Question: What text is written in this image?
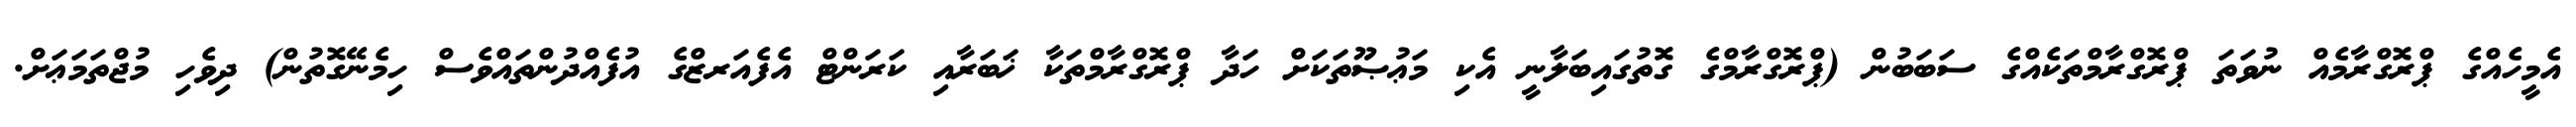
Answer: އެމީހެއްގެ ޕްރޮގްރާމެއް ނުވަތަ ޕްރޮގްރާމްތަކެއްގެ ސަބަބުން (ޕްރޮގްރާމްގެ ގޮތުގައިބަލާނީ އެކި މަޢުޞޫތަކަށް ހަދާ ޕްރޮގްރާމްތަކާ ޚަބަރާއި ކަރަންޓް އެފެއަރޒްގެ އުފެއްދުންތައްވެސް ހިމެނޭގޮތުން) ދިވެހި މުޖްތަމަޢަށް.